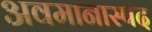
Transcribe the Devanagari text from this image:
अवमानास्पद